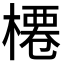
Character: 𣘝